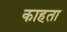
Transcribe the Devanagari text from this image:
काहता